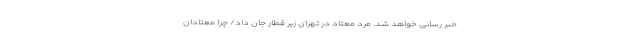
خبر رسانی خواهد شد. مرد معتاد در تهران زیر قطار جان داد/ چرا معتادان